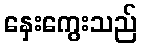
နှေးကွေးသည်